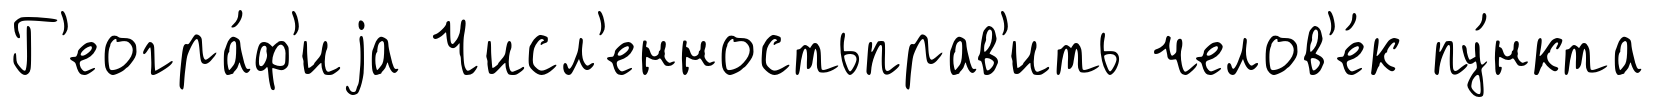
Г'еогра́ф'иjа Числ'енностьправ'ить челов'е́к пу́нкта